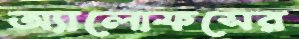
অ্যালোফসের